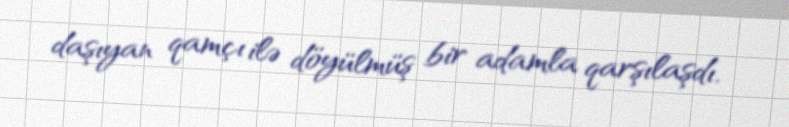
daşıyan qamçı ilə döyülmüş bir adamla qarşılaşdı.